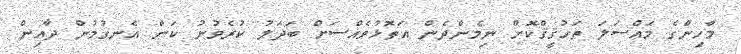
މާހިންގެ މައްސަލަ ތަހުޤީޤްކޮށް ނިމެންދެން އަތޮޅުވެއްސަށް ބަދަލު ކުރެވުނު ކަން އެނގުމުން ދާއިން